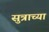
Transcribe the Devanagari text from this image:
सुत्राच्या